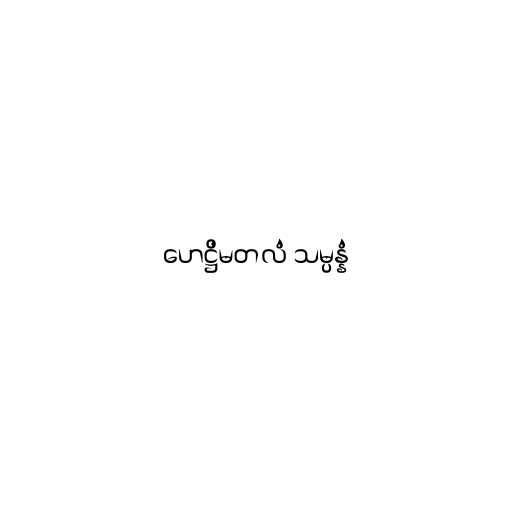
ဟေဋ္ဌိမတလံ သမ္ပန္နံ